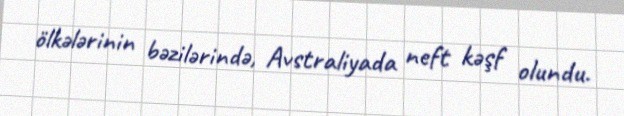
ölkələrinin bəzilərində, Avstraliyada neft kəşf olundu.